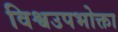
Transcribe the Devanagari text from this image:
विश्वउपभोक्ता